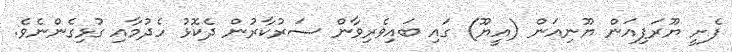
ފެށީ ޔޫރަޕިއަން ޔޫނިއަން (އީޔޫ) ގައި ބައިވެރިވާން ސަރުކާރުން ދެކޮޅު ހެދުމާއި ގުޅިގެންނެވެ.